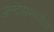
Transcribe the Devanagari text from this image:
आन्देसमध्येच